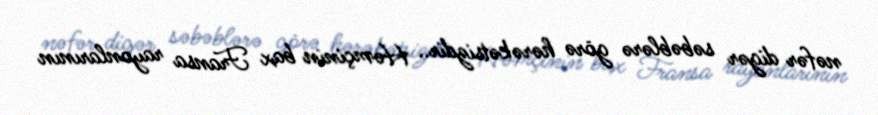
nəfər digər səbəblərə görə hərəkətsizdir.. Həmçinin bax Fransa rayonlarının